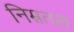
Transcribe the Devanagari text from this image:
निम्नतल